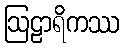
ဩဠာရိကဿ